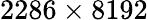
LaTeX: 2286\times 8192